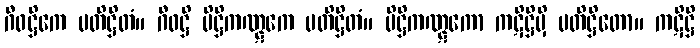
ဂီဝဋ္ဌိကေ ပတိဋ္ဌိတံ။ ဂီဝဋ္ဌိ ပိဋ္ဌိကဏ္ဋကေ ပတိဋ္ဌိတံ။ ပိဋ္ဌိကဏ္ဋကော ကဋိဋ္ဌိမှိ ပတိဋ္ဌိတော။ ကဋိဋ္ဌိ